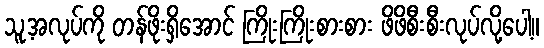
သူ့အလုပ်ကို တန်ဖိုးရှိအောင် ကြိုးကြိုးစားစား ဖိဖိစီးစီးလုပ်လို့ပေါ့။